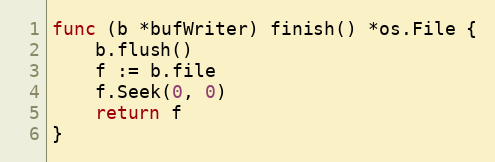
Language: Go
func (b *bufWriter) finish() *os.File {
	b.flush()
	f := b.file
	f.Seek(0, 0)
	return f
}